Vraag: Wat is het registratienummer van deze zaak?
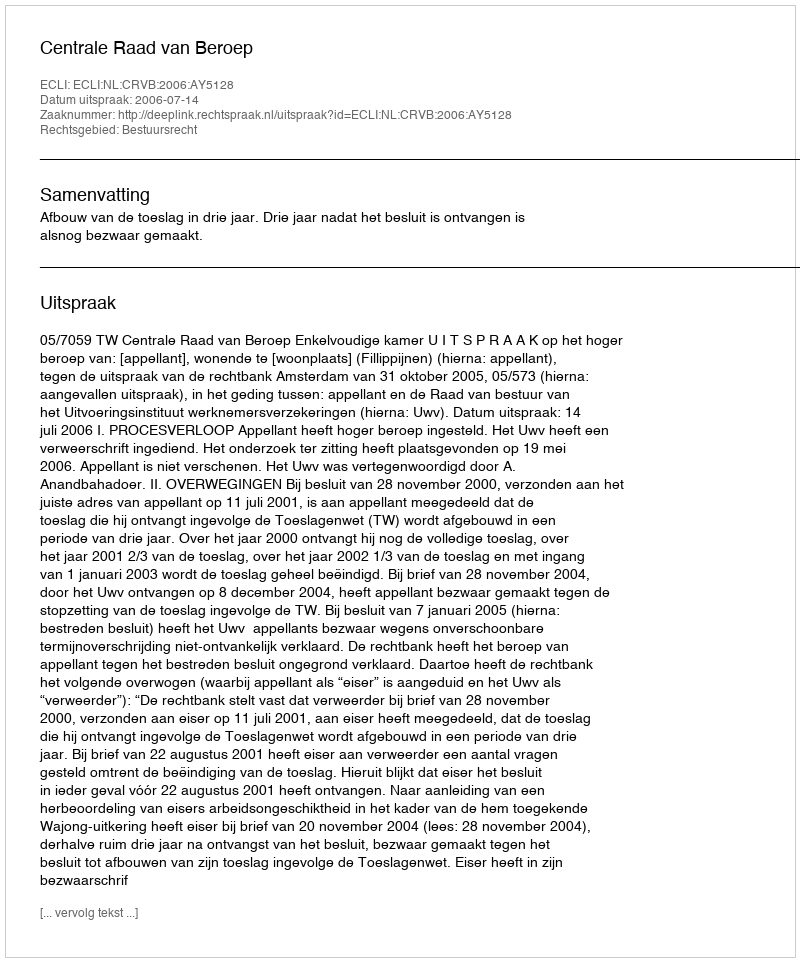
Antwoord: http://deeplink.rechtspraak.nl/uitspraak?id=ECLI:NL:CRVB:2006:AY5128